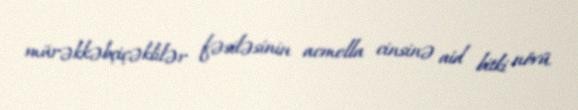
mürəkkəbçiçəklilər fəsiləsinin acmella cinsinə aid bitki növü.